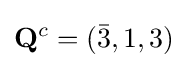
\mathbf {Q} ^{c}=({\bar {3}},1,3)